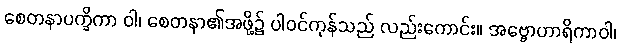
စေတနာပက္ခိကာ ဝါ၊ စေတနာ၏အဖို့၌ ပါဝင်ကုန်သည် လည်းကောင်း။ အဗ္ဗောဟာရိကာဝါ၊